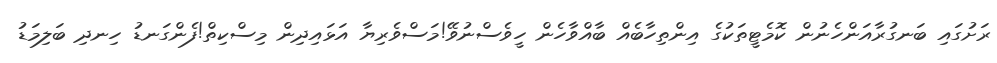
ރަށުގައި ބަނގުރާއަންހެނުން ކޮމެޓީތަކުގެ އިންތިހާބެއް ބާއްވާހެން ހީވެސްނުވޭ!މަސްވެރިޔާ އަޅައިދިން މިސްކިތް!ފެންގަނޑު ހިނދި ބަލިމަޑު